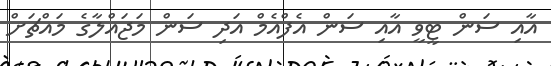
އާއި ސަން ޓީވީ އާއި ސަން އެފްއެމް އަދި ސަން މަޖައްލާގެ މައްޗަށް